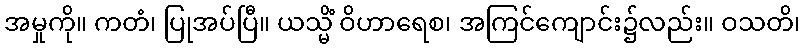
အမှုကို။ ကတံ၊ ပြုအပ်ပြီ။ ယသ္မိံ ဝိဟာရေစ၊ အကြင်ကျောင်း၌လည်း။ ဝသတိ၊